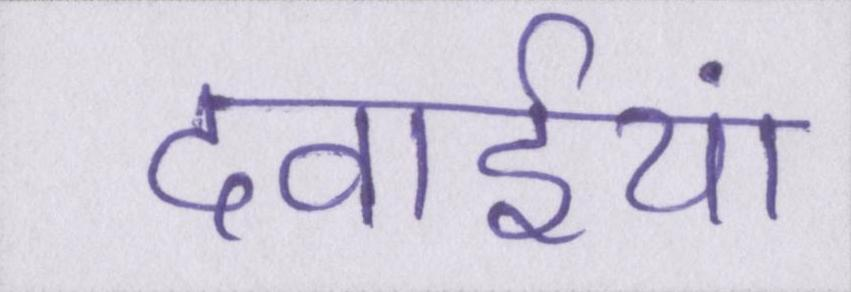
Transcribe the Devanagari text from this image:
दवाईयां